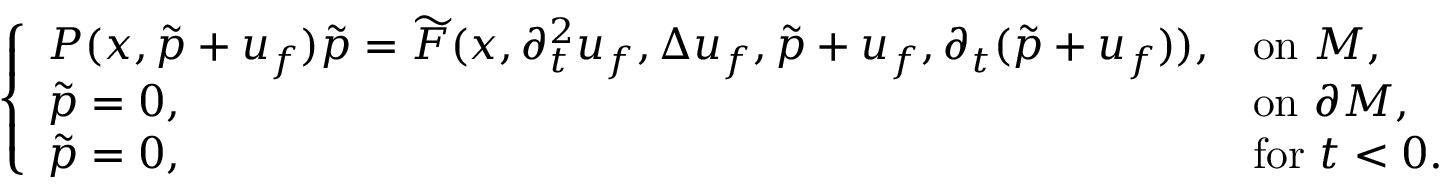
\left\{ \begin{array} { l l } { P ( x , \tilde { p } + u _ { f } ) \tilde { p } = \widetilde { F } ( x , \partial _ { t } ^ { 2 } u _ { f } , \Delta u _ { f } , \tilde { p } + u _ { f } , \partial _ { t } ( \tilde { p } + u _ { f } ) ) , } & { \mathrm { o n ~ } M , } \\ { \tilde { p } = 0 , } & { \mathrm { o n ~ } \partial M , } \\ { \tilde { p } = 0 , } & { \mathrm { f o r ~ } t < 0 . } \end{array} \right.